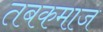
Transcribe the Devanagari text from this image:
तबकमाज